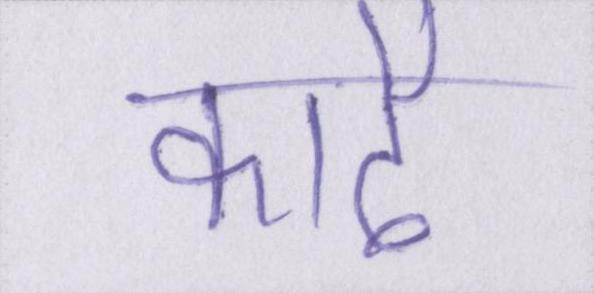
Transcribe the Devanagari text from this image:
काढै